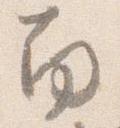
南